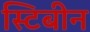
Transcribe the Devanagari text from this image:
स्टिबीन